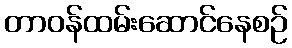
တာဝန်ထမ်းဆောင်နေစဉ်